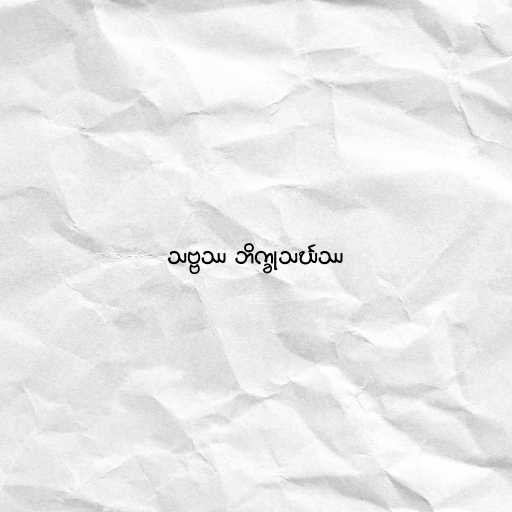
သဗ္ဗဿ ဘိက္ခုသင်္ဃဿ